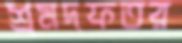
শ্রমদফতর